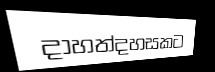
දාහත්දහසකට